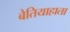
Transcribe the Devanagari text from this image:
बेतियाहाता